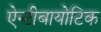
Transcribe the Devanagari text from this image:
ऐन्टीबायोटिक